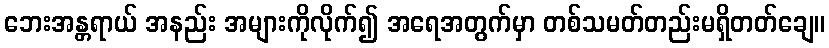
ဘေးအန္တရာယ် အနည်း အများကိုလိုက်၍ အရေအတွက်မှာ တစ်သမတ်တည်းမရှိတတ်ချေ။